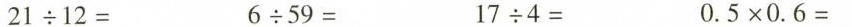
21{\div} 12= 6{\div} 59= 17{\div} 4= 0.5\times 0.6=